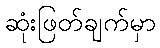
ဆုံးဖြတ်ချက်မှာ